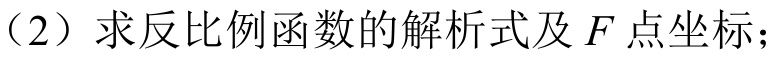
（2）求反比例函数的解析式及 \(F\) 点坐标；